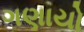
ગણાયો